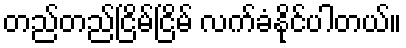
တည်တည်ငြိမ်ငြိမ် လက်ခံနိုင်ပါတယ်။